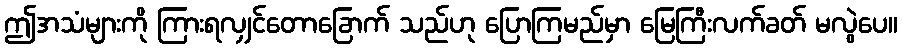
ဤအသံများကို ကြားရလျှင်တောခြောက် သည်ဟု ပြောကြမည်မှာ မြေကြီးလက်ခတ် မလွဲပေ။